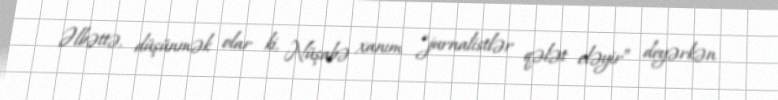
Əlbəttə, düşünmək olar ki, Nüşabə xanım “jurnalistlər qələt eləyir” deyərkən